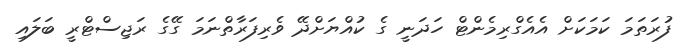
ފުރަތަމަ ކަމަކަށް އެއެގްރިމެންޓް ހަދަނީ ގެ ކުއްޔަށްދޭ ވެރިފަރާތްނަމަ ގޭގެ ރަޖިސްޓްރީ ބަލައި